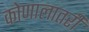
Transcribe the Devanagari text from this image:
कोणालातरी